Annual administration report of the Civil Veterinary Department of India - 1909-1910
Year: 1909
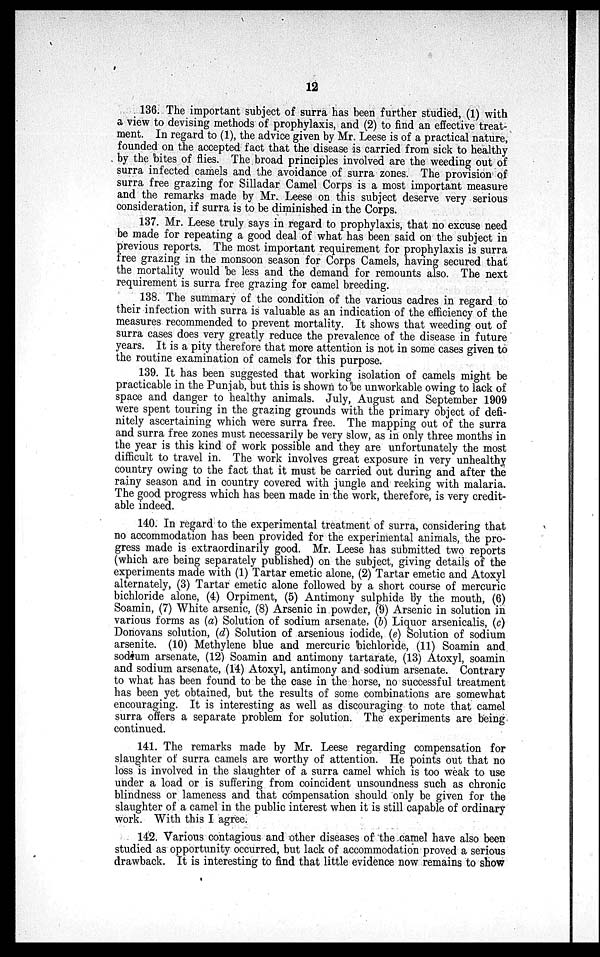
12
136. The important subject of surra has been further studied, (1) with
a view to devising methods of prophylaxis, and (2) to find an effective treat-
ment. In regard to (1), the advice given by Mr. Leese is of a practical nature,
founded on the accepted fact that the disease is carried from sick to healthy
by the bites of flies. The broad principles involved are the weeding out of
surra infected camels and the avoidance of surra zones. The provision of
surra free grazing for Silladar Camel Corps is a most important measure
and the remarks made by Mr. Leese on this subject deserve very serious
consideration, if surra is to be diminished in the Corps.
137. Mr. Leese truly says in regard to prophylaxis, that no excuse need
be made for repeating a good deal of what has been said on the subject in
previous reports. The most important requirement for prophylaxis is surra
free grazing in the monsoon season for Corps Camels, having secured that
the mortality would be less and the demand for remounts also. The next
requirement is surra free grazing for camel breeding.
138. The summary of the condition of the various cadres in regard to
their infection with surra is valuable as an indication of the efficiency of the
measures recommended to prevent mortality. It shows that weeding out of
surra cases does very greatly reduce the prevalence of the disease in future
years. It is a pity therefore that more attention is not in some cases given to
the routine examination of camels for this purpose.
139. It has been suggested that working isolation of camels might be
practicable in the Punjab, but this is shown to be unworkable owing to lack of
space and danger to healthy animals. July, August and September 1909
were spent touring in the grazing grounds with the primary object of defi-
nitely ascertaining which were surra free. The mapping out of the surra
and surra free zones must necessarily be very slow, as in only three months in
the year is this kind of work possible and they are unfortunately the most
difficult to travel in. The work involves great exposure in very unhealthy
country owing to the fact that it must be carried out during and after the
rainy season and in country covered with jungle and reeking with malaria.
The good progress which has been made in the work, therefore, is very credit-
able indeed.
140. In regard to the experimental treatment of surra, considering that
no accommodation has been provided for the experimental animals, the pro-
gress made is extraordinarily good. Mr. Leese has submitted two reports
(which are being separately published) on the subject, giving details of the
experiments made with (1) Tartar emetic alone, (2) Tartar emetic and Atoxyl
alternately, (3) Tartar emetic alone followed by a short course of mercuric
bichloride alone, (4) Orpiment, (5) Antimony sulphide by the mouth, (6)
Soamin, (7) White arsenic, (8) Arsenic in powder, (9) Arsenic in solution in
various forms as (a) Solution of sodium arsenate, (b) Liquor arsenicalis, (c)
Donovans solution, (d) Solution of arsenious iodide, (e) Solution of sodium
arsenite. (10) Methylene blue and mercuric bichloride, (11) Soamin and
sodium arsenate, (12) Soamin and antimony tartarate, (13) Atoxyl, soamin
and sodium arsenate, (14) Atoxyl, antimony and sodium arsenate. Contrary
to what has been found to be the case in the horse, no successful treatment
has been yet obtained, but the results of some combinations are somewhat
encouraging. It is interesting as well as discouraging to note that camel
surra offers a separate problem for solution. The experiments are being
continued.
141. The remarks made by Mr. Leese regarding compensation for
slaughter of surra camels are worthy of attention. He points out that no
loss is involved in the slaughter of a surra camel which is too weak to use
under a load or is suffering from coincident unsoundness such as chronic
blindness or lameness and that compensation should only be given for the
slaughter of a camel in the public interest when it is still capable of ordinary
work. With this I agree.
142. Various contagious and other diseases of the camel have also been
studied as opportunity occurred, but lack of accommodation proved a serious
drawback. It is interesting to find that little evidence now remains to show